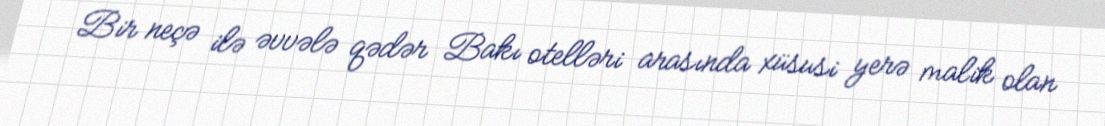
Bir neçə ilə əvvələ qədər Bakı otelləri arasında xüsusi yerə malik olan